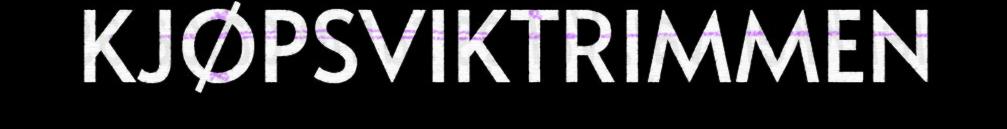
KJØPSVIKTRIMMEN